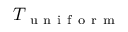
T _ { \mathrm { ~ u ~ n ~ i ~ f ~ o ~ r ~ m ~ } }